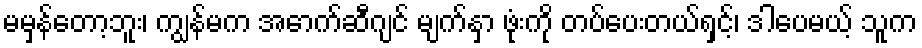
မမှန်တော့ဘူး၊ ကျွန်မက အောက်ဆီဂျင် မျက်နှာ ဖုံးကို တပ်ပေးတယ်ရှင့်၊ ဒါပေမယ့် သူက